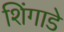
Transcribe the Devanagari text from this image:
शिंगाडे